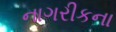
નાગરીકના